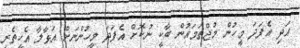
އަދި އެފަދަ މީހުން މުޖްތަމައުން ބާކީ ނުކޮށް އެފަދަ މީހުންނަށް އަޅާލާ އެހީތެރި